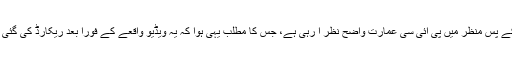
ان کے پس منظر میں پی آئی سی عمارت واضح نظر آ رہی ہے، جس کا مطلب یہی ہوا کہ یہ ویڈیو واقعے کے فوراً بعد ریکارڈ کی گئی ہے۔